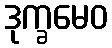
ဒုက္ခမေဝ